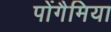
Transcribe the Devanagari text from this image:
पोंगैमिया